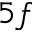
5 f